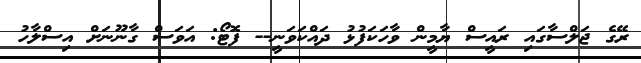
ރޭގެ ޖަލްސާގައި ރައީސް ޔާމީން ވާހަކަފުޅު ދައްކަވަނީ-- ފޮޓޯ: އަވަސް ގާނޫނަށް އިސްލާހު